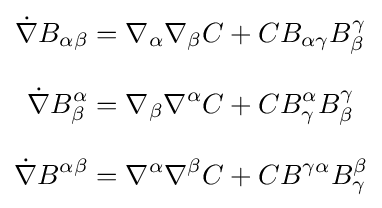
{\begin{aligned}{\dot {\nabla }}B_{\alpha \beta }&=\nabla _{\alpha }\nabla _{\beta }C+CB_{\alpha \gamma }B_{\beta }^{\gamma }\\[8pt]{\dot {\nabla }}B_{\beta }^{\alpha }&=\nabla _{\beta }\nabla ^{\alpha }C+CB_{\gamma }^{\alpha }B_{\beta }^{\gamma }\\[8pt]{\dot {\nabla }}B^{\alpha \beta }&=\nabla ^{\alpha }\nabla ^{\beta }C+CB^{\gamma \alpha }B_{\gamma }^{\beta }\end{aligned}}